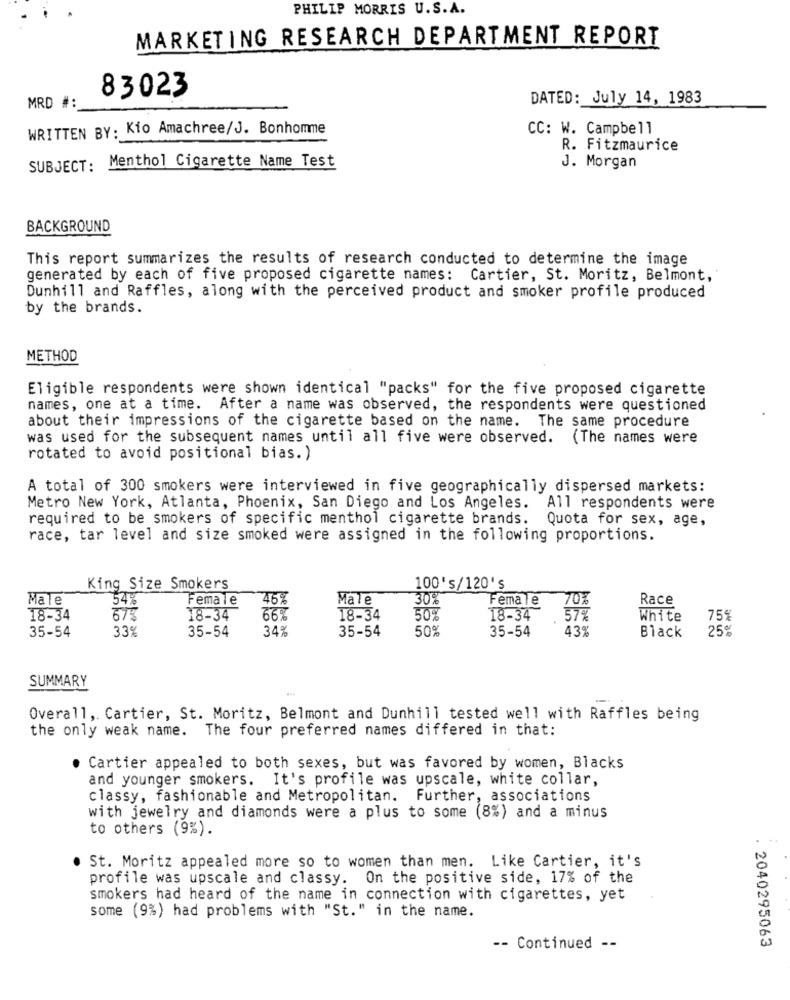
PHILIP MORRIS U.S. A.
MARKETING RESEARCH DEPARTMENT REPORT
83023
DATED: July 14, 1983
MRD #:
WRITTEN BY: Kio Amachree/J. Bonhomme
CC: W. Campbell
R. Fitzmaurice
SUBJECT: Menthol Cigarette Name Test
J. Morgan
BACKGROUND
This report summarizes the results of research conducted to determine the image
generated by each of five proposed cigarette names: Cartier, St. Moritz, Belmont,
Dunhill and Raffles, along with the perceived product and smoker profile produced
by the brands.
METHOD
Eligible respondents were shown identical "packs" for the five proposed cigarette
names, one at a time. After a name was observed, the respondents were questioned
about their impressions of the cigarette based on the name. The same procedure
was used for the subsequent names until all five were observed. (The names were
rotated to avoid positional bias. )
A total of 300 smokers were interviewed in five geographically dispersed markets:
Metro New York, Atlanta, Phoenix, San Diego and Los Angeles. All respondents were
required to be smokers of specific menthol cigarette brands. Quota for sex, age,
race, tar level and size smoked were assigned in the following proportions.
King Size Smokers
100's/120's
Male
Female
Male
30%
Female
70%
Race
54%
46%
18-34
675
18-34
66%
18-34
50%
18-34
57%
White
75%
35-54
35-54
34%
35-54
50%
35-54
43%
25%
33%
Black
SUMMARY
Overall, Cartier, St. Moritz, Belmont and Dunhill tested well with Raffles being
the only weak name. The four preferred names differed in that:
. Cartier appealed to both sexes, but was favored by women, Blacks
and younger smokers. It's profile was upscale, white collar,
classy, fashionable and Metropolitan. Further, associations
with jewelry and diamonds were a plus to some (8%) and a minus
to others (9%).
. St. Moritz appealed more so to women than men. Like Cartier, it's
profile was upscale and classy. On the positive side, 17% of the
smokers had heard of the name in connection with cigarettes, yet
some (9%) had problems with "St." in the name.
. 2040295063
-- Continued --